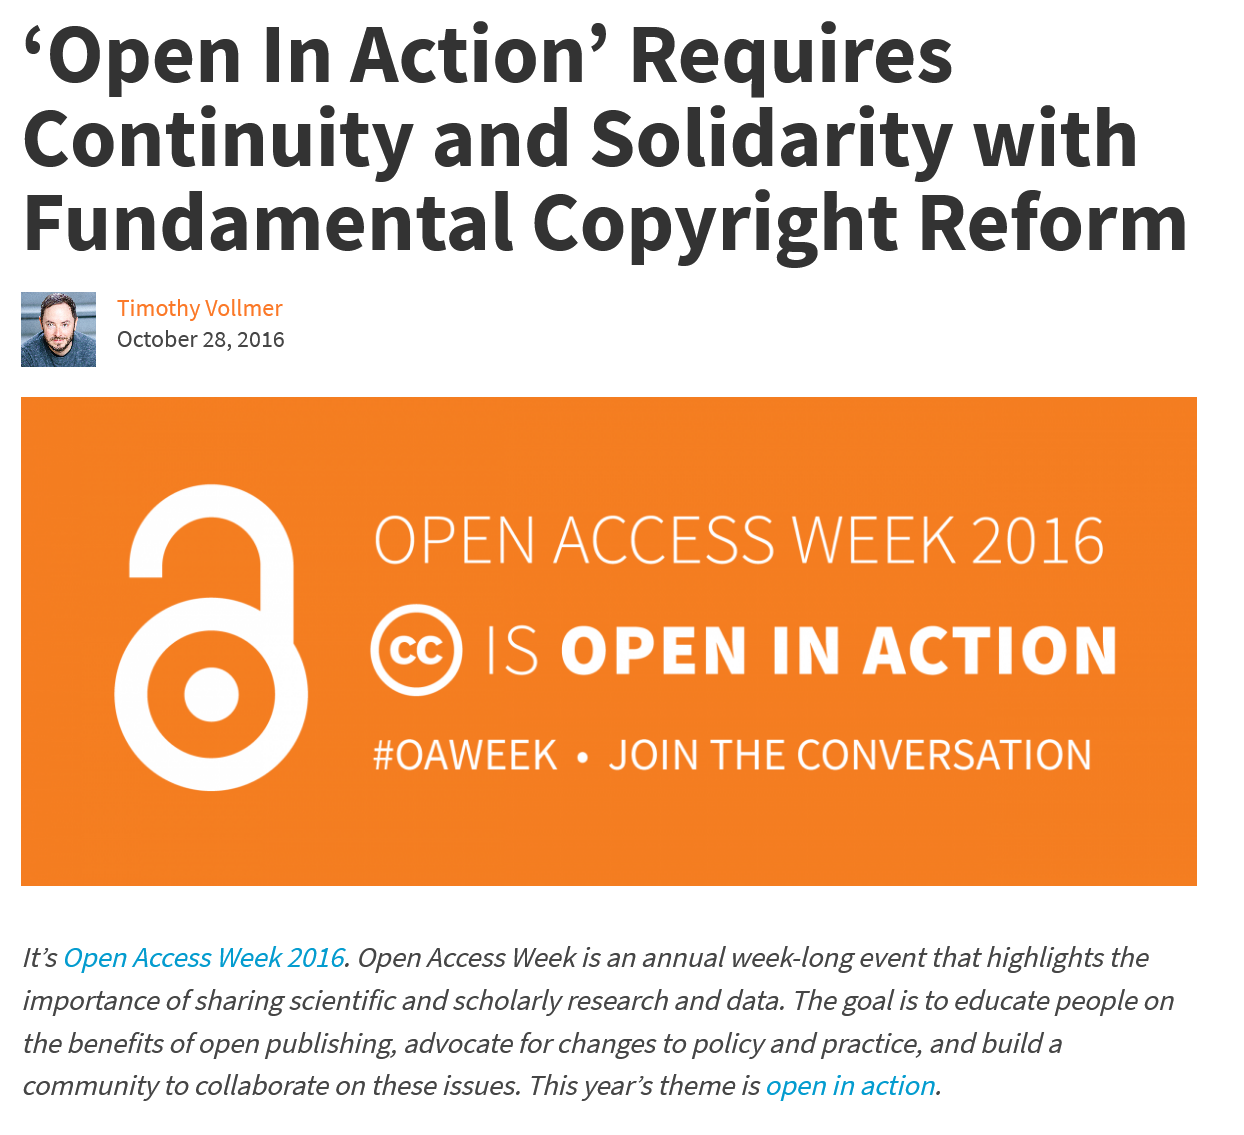
‘Open    In    Action’    Requires
  Continuity    and    Solidarity    with
  Fundamental    Copyright    Reform

     lela    P\G@    SSN    1    0K
     €)    IS   OPEN    IN    ACTION
     #OAWEEK    « JOIN    THE   CONVERSATION
  It’s Open Access Week 2016. Open Access Week is an annual week-long event that highlights the
  importance of sharing scientific and scholarly research and data. The goal is to educate people on
  the benefits of open publishing, advocate for changes to policy and practice, and build a
  community to collaborate on these issues. This year’s theme is open in action.
     Timothy Vollmer
     October 28, 2016